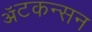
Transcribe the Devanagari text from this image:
ॲटकन्सन